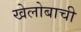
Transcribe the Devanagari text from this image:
खेलोबाची